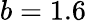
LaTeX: b=1.6